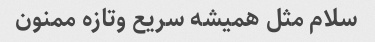
سلام مثل همیشه سریع وتازه ممنون